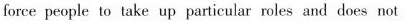
force people to take up particular roles and does not